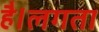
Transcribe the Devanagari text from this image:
है।लगता